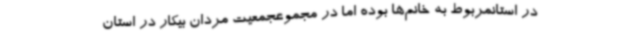
در استانمربوط به خانم‌ها بوده اما در مجموعجمعیت مردان بیکار در استان